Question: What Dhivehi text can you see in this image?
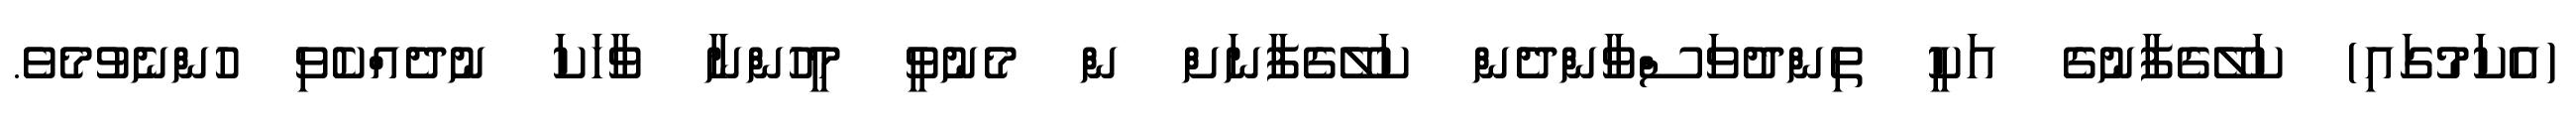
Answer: (އެކަމުގައި) ކަލޭގެފާނުގެ އަކީ ތިންދުވަސްވާންދެން ކަލޭގެފާނަށް ން މެނުވީ މީހުންނާ ވާހަކަ ނުދެއްކެވި ހުންނެވުމެވެ.